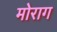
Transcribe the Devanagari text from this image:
मोराग